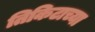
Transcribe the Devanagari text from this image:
तिकिटाच्या